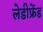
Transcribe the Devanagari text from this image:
लेडीफ्रेंड